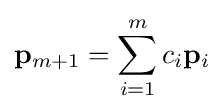
\mathbf {p} _{m+1}=\sum _{i=1}^{m}c_{i}\mathbf {p} _{i}